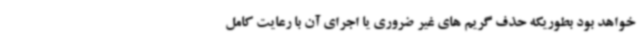
خواهد بود بطوریکه حذف گریم های غیر ضروری یا اجرای آن با رعایت کامل